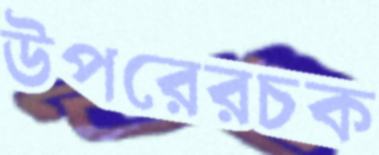
উপরেরচক